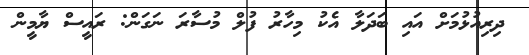
ދިރިއުޅުމަށް އައި ބަދަލާ އެކު މިހާރު ފުލް މުސާރަ ނަގަން: ރައީސް ޔާމީން